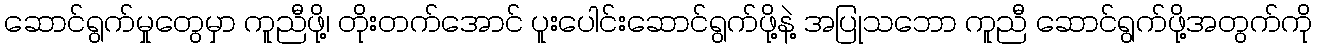
ဆောင်ရွက်မှုတွေမှာ ကူညီဖို့၊ တိုးတက်အောင် ပူးပေါင်းဆောင်ရွက်ဖို့နဲ့ အပြုသဘော ကူညီ ဆောင်ရွက်ဖို့အတွက်ကို